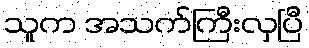
သူက အသက်ကြီးလှပြီ